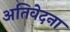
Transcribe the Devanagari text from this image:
अतिवेदना